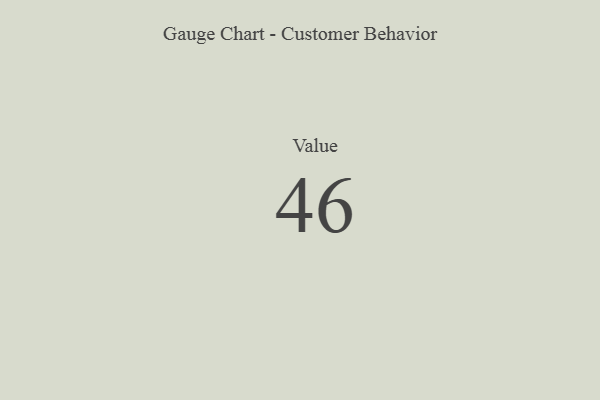
{"axis": {"x": "Metric", "y": "Value"}, "legend": [""], "data": [{"x": "Value", "y": 46, "type": ""}]}